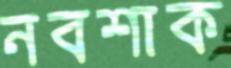
নবশাক